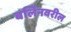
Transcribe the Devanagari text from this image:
बर्लिनवरील